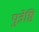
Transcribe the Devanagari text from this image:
पुत्रेष्ठि